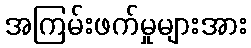
အကြမ်းဖက်မှုများအား